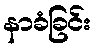
နာခံခြင်း